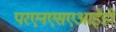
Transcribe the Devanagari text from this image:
परएनएसएआईडी